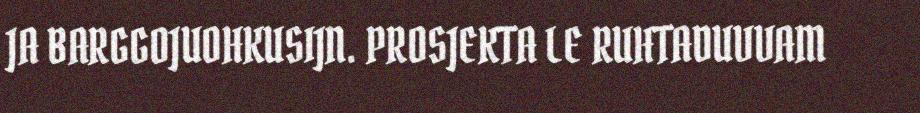
JA BARGGOJUOHKUSIJN. PROSJEKTA LE RUHTADUVVAM